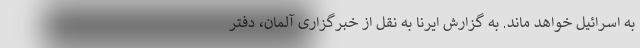
به اسرائیل خواهد ماند. به گزارش ایرنا به نقل از خبرگزاری آلمان، دفتر